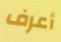
أعرف